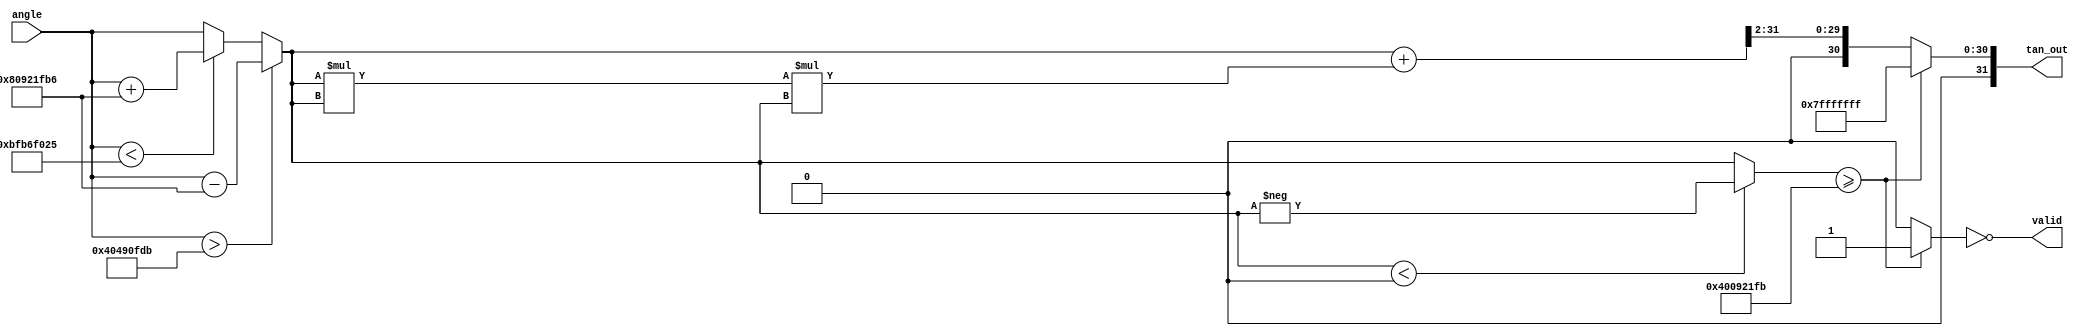
module TanCalculator (
    input  wire [31:0] angle,  // Input angle in radians (fixed-point representation)
    output reg  [31:0] tan_out, // Output tangent value (floating-point representation)
    output reg         valid     // Output valid signal
);

    // Constants for  and /2 in fixed-point representation
    parameter PI = 32'h40490fdb; // Approximation of 
    parameter PI_2 = 32'h400921fb; // Approximation of /2

    // Internal signals
    reg [31:0] normalized_angle;
    reg [31:0] abs_angle;
    reg        is_undefined;

    // Function to normalize angle to [-, ]
    function [31:0] normalize_angle(input [31:0] angle);
        begin
            // Wrap angle to the range [-, ]
            if (angle > PI) begin
                normalize_angle = angle - (2 * PI);
            end else if (angle < -PI) begin
                normalize_angle = angle + (2 * PI);
            end else begin
                normalize_angle = angle;
            end
        end
    endfunction

    // Function to compute tangent using a polynomial approximation
    function [31:0] compute_tan(input [31:0] angle);
        begin
            // Simple polynomial approximation for tan(x) around 0
            // tan(x)  x + x^3/3 + x^5/5 + ... (truncated for simplicity)
            // This is a very basic approximation and may need adjustments for accuracy
            compute_tan = angle; // Start with linear term

            // Add higher-order terms (for demonstration)
            // Note: You should implement proper fixed-point arithmetic here
            // This is a placeholder for demonstration purposes
            compute_tan = compute_tan + (angle * angle * angle) >> 2; // x^3 / 3
            // Add more terms as needed
        end
    endfunction

    // Main computation block
    always @(*) begin
        // Normalize the input angle
        normalized_angle = normalize_angle(angle);
        abs_angle = (normalized_angle < 0) ? -normalized_angle : normalized_angle;

        // Check for discontinuities at odd multiples of /2
        if (abs_angle >= PI_2) begin
            is_undefined = 1; // Undefined behavior
            tan_out = 32'h7FFFFFFF; // Representing infinity
        end else begin
            is_undefined = 0;
            tan_out = compute_tan(normalized_angle);
        end

        // Set valid signal
        valid = ~is_undefined;
    end
endmodule